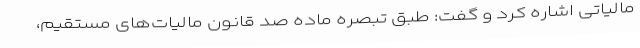
مالیاتی اشاره کرد و گفت: طبق تبصره ماده صد قانون مالیات‌های مستقیم،